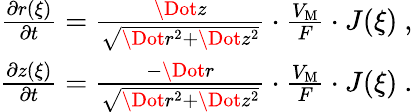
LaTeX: \begin{array}{r}{\frac{\partial r(\xi)}{\partial t}=\frac{\Dot{z}}{\sqrt{\Dot{r}^{2}+\Dot{z}^{2}}}\cdot\frac{V_{\mathrm{M}}}{F}\cdot J(\xi)\ ,}\\ {\frac{\partial z(\xi)}{\partial t}=\frac{-\Dot{r}}{\sqrt{\Dot{r}^{2}+\Dot{z}^{2}}}\cdot\frac{V_{\mathrm{M}}}{F}\cdot J(\xi)\ .}\end{array}